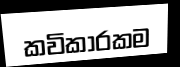
කවිකාරකම